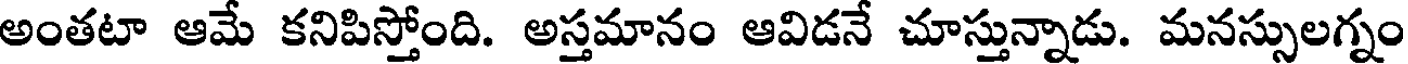
అంతటా ఆమే కనిపిస్తోంది. అస్తమానం ఆవిడనే చూస్తున్నాడు. మనస్సులగ్నం